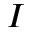
I